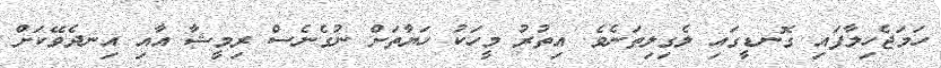
ހަމަޖެހިލާފައި ގޮނޑީގައި ލެގިލިތަނެވެ. އިތުރު މީހަކު ހަޔާތަށް ނުގެނެސް ރިމީޝާ އާއި އިނދެވޭކަށް